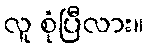
လူ စုံပြီလား။